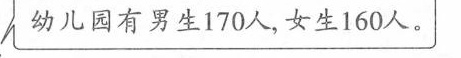
300个